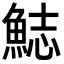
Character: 𩷓